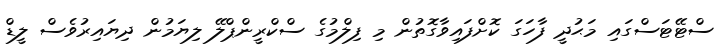
ސްޓޭޓަސްގައި މަޙުދީ ފާހަގަ ކޮށްފައިވާގޮތުން މި ފިލްމުގެ ސްކްރީންޕްލޭ ލިޔަމުން ދިޔައިރުވެސް ލީޑް